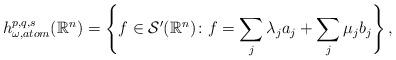
LaTeX: \begin{align*}h_{\omega,atom}^{p,q,s}(\mathbb {R}^{n})=\left\{f\in \mathcal{S}^{\prime}(\mathbb {R}^{n})\colon f=\sum\limits_{j}\lambda_{j}a_{j}+\sum\limits_{j}\mu_{j}b_{j}\right\},\end{align*}